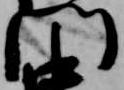
門